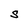
Character: S